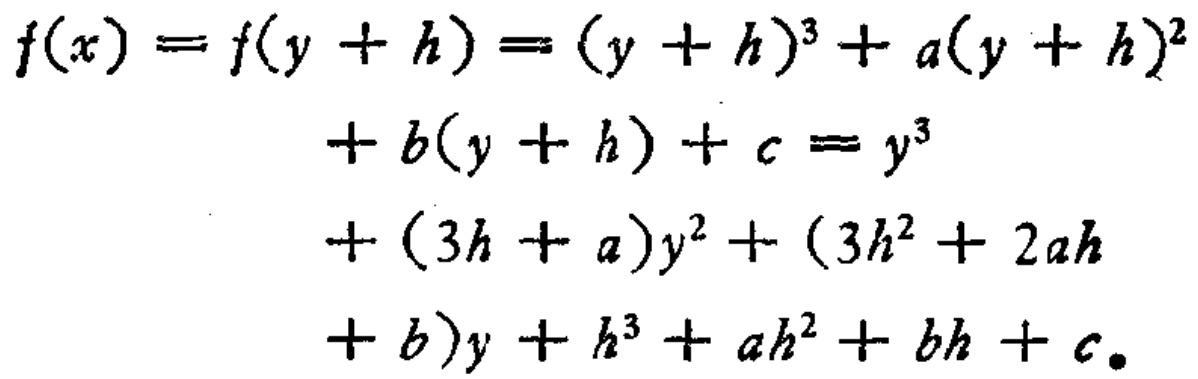
\[

\begin{align*}

f(x)=f(y + h)&=(y + h)^{3}+a(y + h)^{2}\\

&+b(y + h)+c=y^{3}\\

&+(3h + a)y^{2}+(3h^{2}+2ah\\

&+b)y+h^{3}+ah^{2}+bh + c。

\end{align*}

\]